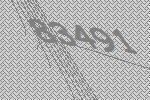
83491